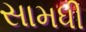
સામધી